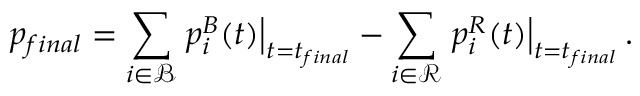
p _ { f i n a l } = \sum _ { i \in \mathcal { B } } \left. p _ { i } ^ { B } ( t ) \right| _ { t = t _ { f i n a l } } - \sum _ { i \in \mathcal { R } } \left. p _ { i } ^ { R } ( t ) \right| _ { t = t _ { f i n a l } } .